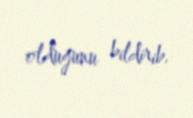
olduğunu bildirib.